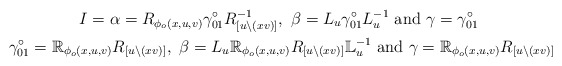
\begin{gather*}I=\alpha =R_{\phi_o(x,u,v)}\gamma_{01}^\circ R_{[u\backslash (xv)]}^{-1},~\beta=L_u\gamma_{01}^\circ L_u^{-1}~\textrm{and}~\gamma=\gamma_{01}^\circ\\\gamma_{01}^\circ =\mathbb{R}_{\phi_o(x,u,v)}R_{[u\backslash (xv)]},~\beta=L_u\mathbb{R}_{\phi_o(x,u,v)}R_{[u\backslash (xv)]}\mathbb{L}_u^{-1}~\textrm{and}~\gamma=\mathbb{R}_{\phi_o(x,u,v)}R_{[u\backslash (xv)]}\end{gather*}